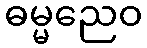
ဓမ္မညေဝ